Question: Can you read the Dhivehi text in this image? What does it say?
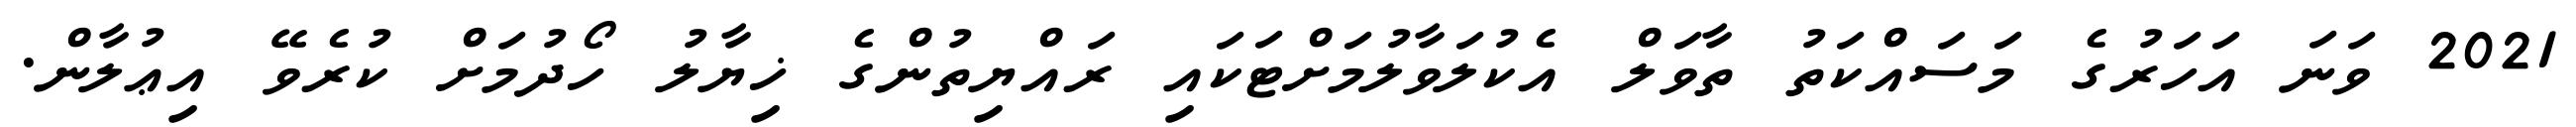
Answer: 2021 ވަނަ އަހަރުގެ މަސައްކަތު ތާވަލް އެކުލަވާލުމަށްޓަކައި ރައްޔިތުންގެ ޚިޔާލު ހޯދުމަށް ކުރެވޭ އިޢުލާން.